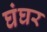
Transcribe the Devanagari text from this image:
घंघर